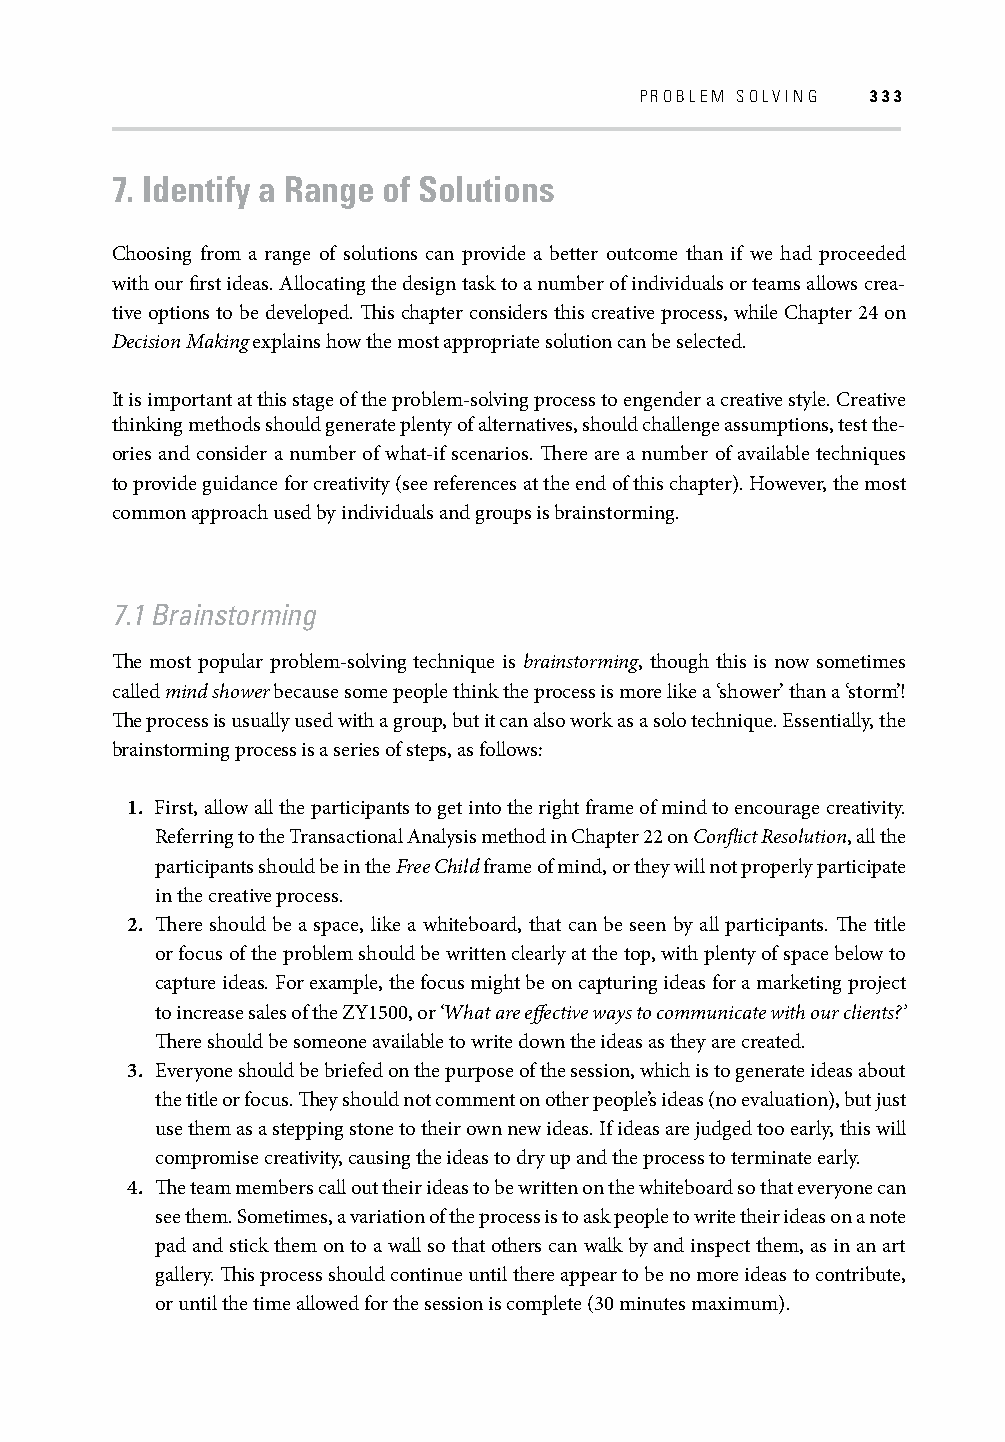
PROBLEM SOLVING 333
 7. Identify a Range of Solutions
 Choosing from a range of solutions can provide a better outcome than if we had proceeded
 with our fi rst ideas. Allocating the design task to a number of individuals or teams allows crea-
 tive options to be developed. Th is chapter considers this creative process, while Chapter 24 on
 Decision Making explains how the most appropriate solution can be selected.
 It is important at this stage of the problem-solving process to engender a creative style. Creative
 thinking methods should generate plenty of alternatives, should challenge assumptions, test the-
 ories and consider a number of what-if scenarios. Th ere are a number of available techniques
 to provide guidance for creativity (see references at the end of this chapter). However, the most
 common approach used by individuals and groups is brainstorming.
 7.1 Brainstorming
 Th e most popular problem-solving technique is brainstorming, though this is now sometimes
 called mind shower because some people think the process is more like a ‘shower’ than a ‘storm’!
 Th e process is usually used with a group, but it can also work as a solo technique. Essentially, the
 brainstorming process is a series of steps, as follows:
 1. First, allow all the participants to get into the right frame of mind to encourage creativity.
 Referring to the Transactional Analysis method in Chapter 22 on Confl ict Resolution, all the
 participants should be in the Free Child frame of mind, or they will not properly participate
 in the creative process.
 2. Th ere should be a space, like a whiteboard, that can be seen by all participants. Th e title
 or focus of the problem should be written clearly at the top, with plenty of space below to
 capture ideas. For example, the focus might be on capturing ideas for a marketing project
 to increase sales of the ZY1500, or ‘What are eff ective ways to communicate with our clients?’
 Th ere should be someone available to write down the ideas as they are created.
 3. Everyone should be briefed on the purpose of the session, which is to generate ideas about
 the title or focus. Th ey should not comment on other people’s ideas (no evaluation), but just
 use them as a stepping stone to their own new ideas. If ideas are judged too early, this will
 compromise creativity, causing the ideas to dry up and the process to terminate early.
 4. Th e team members call out their ideas to be written on the whiteboard so that everyone can
 see them. Sometimes, a variation of the process is to ask people to write their ideas on a note
 pad and stick them on to a wall so that others can walk by and inspect them, as in an art
 gallery. Th is process should continue until there appear to be no more ideas to contribute,
 or until the time allowed for the session is complete (30 minutes maximum).